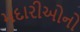
મદારીઓનો